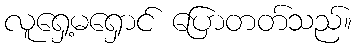
လူရှေ့မရှောင် ပြောတတ်သည်။